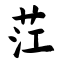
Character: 茳